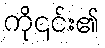
ကို၎င်း၏